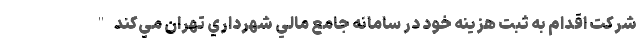
شركت اقدام به ثبت هزينه خود در سامانه جامع مالي شهرداري تهران مي‌كند"